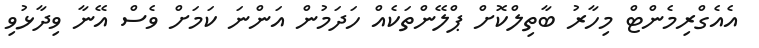
އެއެގްރިމެންޓް މިހާރު ބާތިލްކޮށް ޕްލޭންތަކެއް ހަދަމުން އަންނަ ކަމަށް ވެސް އޭނާ ވިދާޅުވި